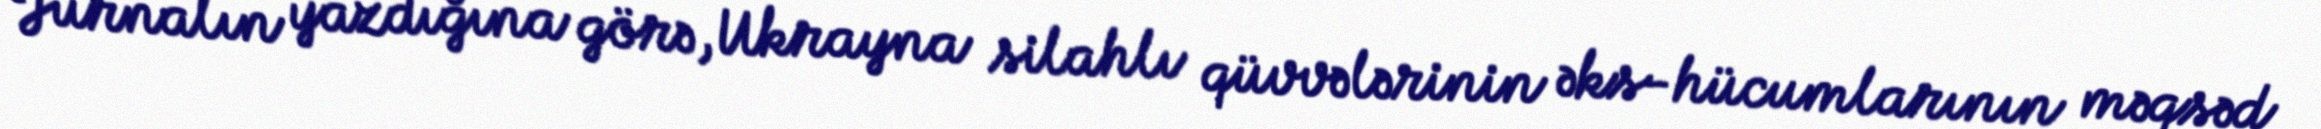
Jurnalın yazdığına görə, Ukrayna silahlı qüvvələrinin əks-hücumlarının məqsəd